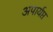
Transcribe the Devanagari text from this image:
अपार्यप्त